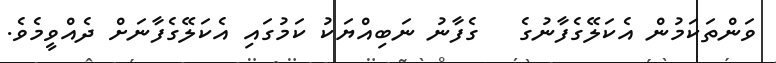
ވަންތަކަމުން އެކަލޭގެފާނުގެ   ގެފާނު ނަބިއްޔަކު ކަމުގައި އެކަލޭގެފާނަށް ދެއްވީމެވެ.